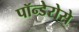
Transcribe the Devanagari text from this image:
पॉन्डेरोसे